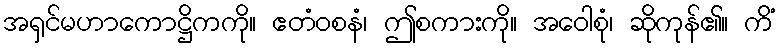
အရှင်မဟာကောဋ္ဌိကကို။ ဧတံဝစနံ၊ ဤစကားကို။ အဝေါစုံ၊ ဆိုကုန်၏။ ကိံ